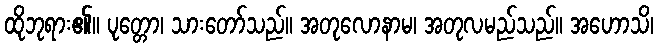
ထိုဘုရား၏။ ပုတ္တော၊ သားတော်သည်။ အတုလောနာမ၊ အတုလမည်သည်။ အဟောသိ၊